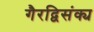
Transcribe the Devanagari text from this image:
गैरद्विसंक्य